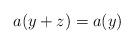
LaTeX: \begin{align*} a(y + z) = a(y) \end{align*}